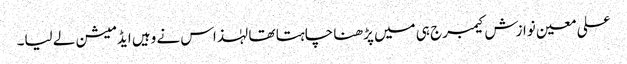
علی معین نوازش کیمبرج ہی میں پڑھنا چاہتا تھا لہٰذاس نے وہیں ایڈمیشن لے لیا۔